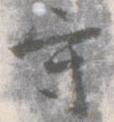
守